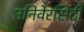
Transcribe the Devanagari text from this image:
उनिवेरसिटी